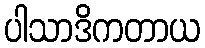
ပါသာဒိကတာယ